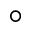
^ { \circ }